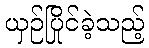
ယှဉ်ပြိုင်ခဲ့သည့်